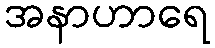
အနာဟာရေ